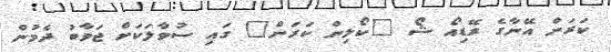
ކަރަން އޭނާގެ ރޭޑިއޯ ޝޯ "ކޯލިން ކަރަން" ގައި ސުވާލަކަށް ޖަވާބު ދެމުން